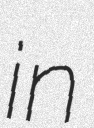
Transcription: in